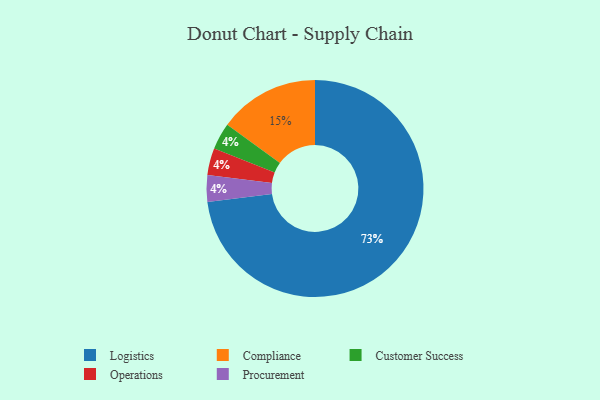
{"axis": {"x": "Category", "y": "Percentage"}, "legend": ["Compliance", "Customer Success", "Logistics", "Operations", "Procurement"], "data": [{"x": "Customer Success", "y": 4, "type": "Customer Success"}, {"x": "Compliance", "y": 15, "type": "Compliance"}, {"x": "Operations", "y": 4, "type": "Operations"}, {"x": "Procurement", "y": 4, "type": "Procurement"}, {"x": "Logistics", "y": 73, "type": "Logistics"}]}